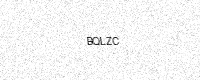
Text: BQLZC